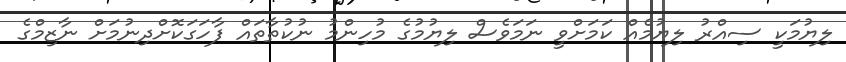
ލިޔުމަކީ ސިއްރު ލިޔުމެއް ކަމަށްވީ ނަމަވެސް ލިޔުމުގެ މުހިންމު ނުކުތާތައް ފާހަގަކޮށްދިނުމަށް ނާޒިމްގެ